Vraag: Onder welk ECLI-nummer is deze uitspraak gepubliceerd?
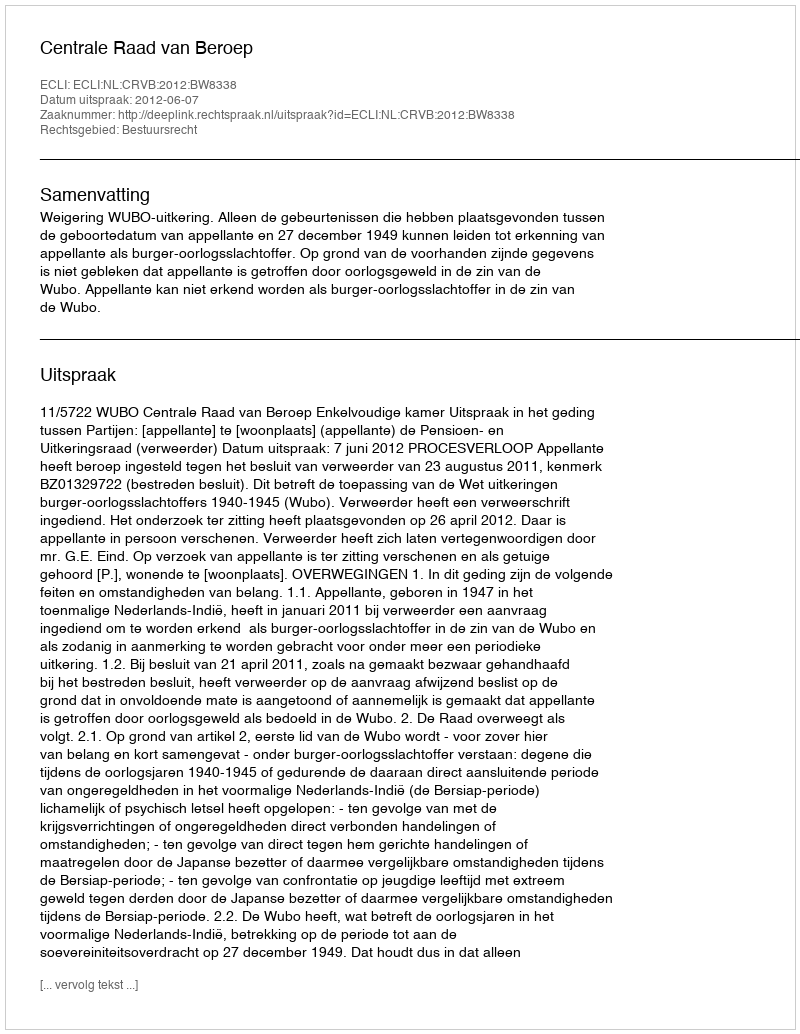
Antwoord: ECLI:NL:CRVB:2012:BW8338